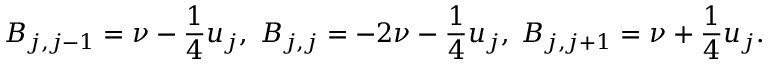
B _ { j , j - 1 } = \nu - \frac { 1 } { 4 } u _ { j } , \; B _ { j , j } = - 2 \nu - \frac { 1 } { 4 } u _ { j } , \; B _ { j , j + 1 } = \nu + \frac { 1 } { 4 } u _ { j } .